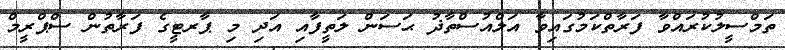
ތަމްސީލުކުރައްވާ ފަރާތްކަމުގައިވާ އަލްއުސްތާޛު ޙަސަން ލަތީފާއި އަދި މި ޕާރޓީގެ ފަރާތުން ސްޕްރީމް